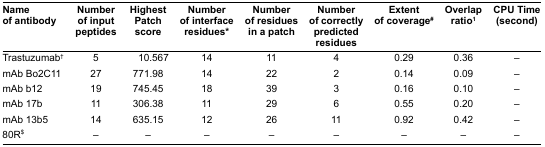
| Name of antibody | Number of input peptides | Highest Patch score | Number of interface residues* | Number of residues in a patch | Number of correctly predicted residues | Extent of coverage# | Overlap ratio1 | CPU Time (second) |
 | --- | --- | --- | --- | --- | --- | --- | --- | --- |
 | Trastuzumab† | 5 | 10.567 | 14 | 11 | 4 | 0.29 | 0.36 | – |
 | mAb Bo2C11 | 27 | 771.98 | 14 | 22 | 2 | 0.14 | 0.09 | – |
 | mAb b12 | 19 | 745.45 | 18 | 39 | 3 | 0.16 | 0.10 | – |
 | mAb 17b | 11 | 306.38 | 11 | 29 | 6 | 0.55 | 0.20 | – |
 | mAb 13b5 | 14 | 635.15 | 12 | 26 | 11 | 0.92 | 0.42 | – |
 | 80R$ | – | – | – | – | – | – | – | – |